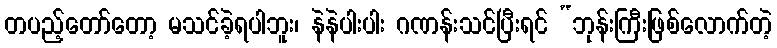
တပည့်တော်တော့ မသင်ခဲ့ရပါဘူး၊ နဲနဲပါးပါး ဂဏန်းသင်ပြီးရင် “ဘုန်းကြီးဖြစ်လောက်တဲ့